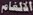
الالغام